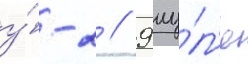
у́-2 // 9 иу́л'я